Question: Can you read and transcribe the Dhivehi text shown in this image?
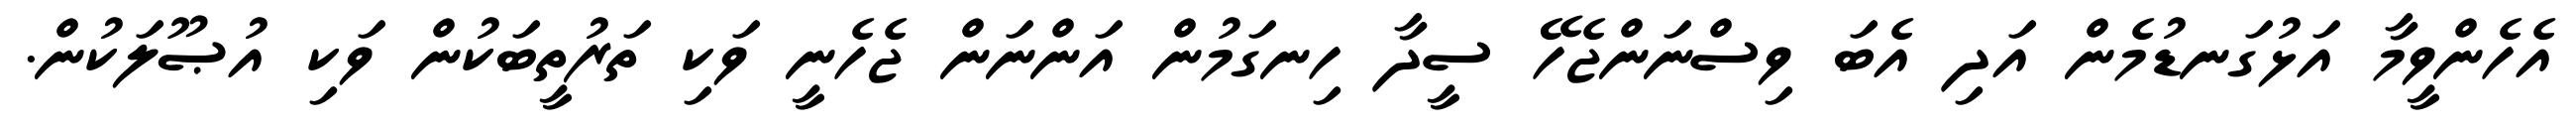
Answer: އެހެންވީމާ އަޅުގަނޑުމެން އަދި އެބަ ވިސްނަންޖެހޭ ސީދާ ހިނގަމުން އަންނަން ޖެހެނީ ވަކި ތަރުތީބަކުން ވަކި އުޞޫލަކުން.